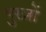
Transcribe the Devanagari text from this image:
पुरज़ों